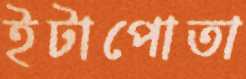
ইটাপোতা